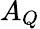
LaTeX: A_{Q}